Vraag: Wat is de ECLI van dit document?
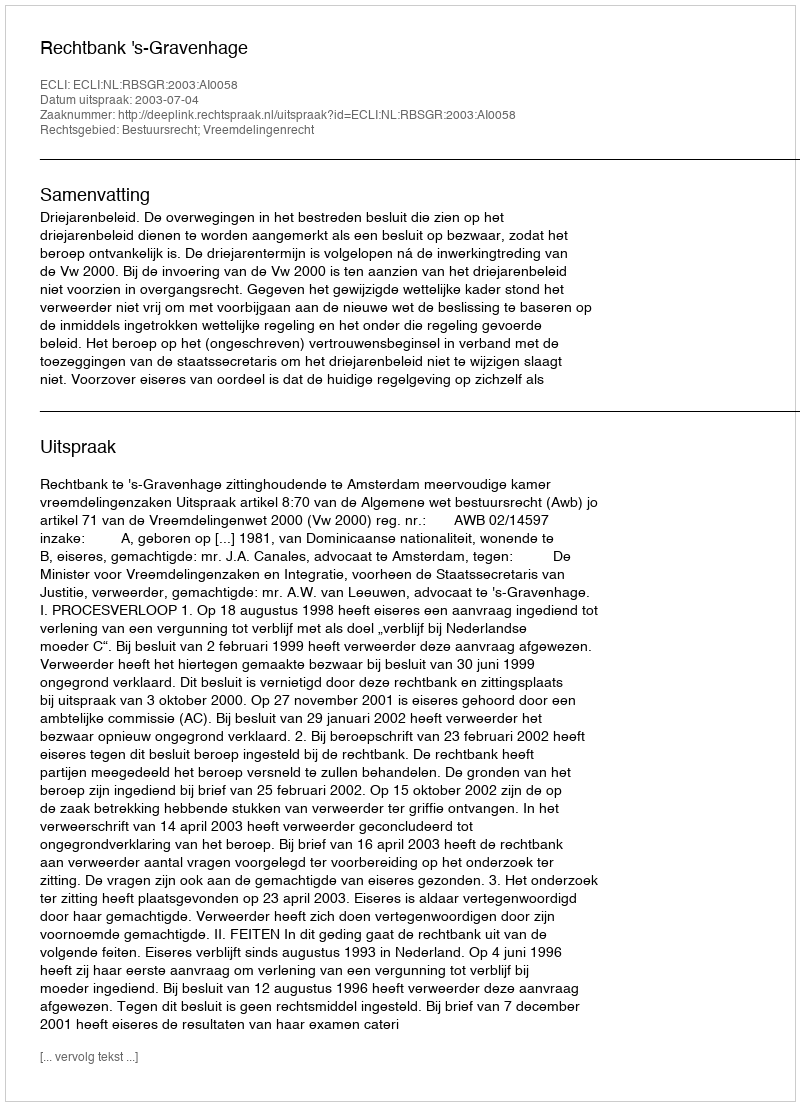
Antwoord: ECLI:NL:RBSGR:2003:AI0058